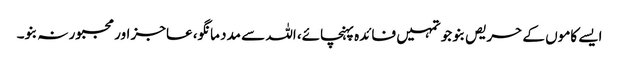
ایسے کاموں کے حریص بنو جو تمہیں فائدہ پہنچائے، اللہ سے مدد مانگو، عاجز اور مجبور نہ بنو۔